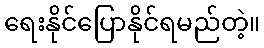
ရေးနိုင်ပြောနိုင်ရမည်တဲ့။